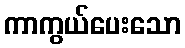
ကာကွယ်ပေးသော